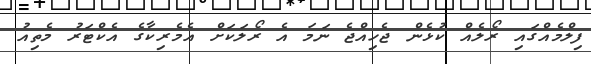
ފިލްމެއްގައި ރޯލެއް ކުޅެން ޖެހިއްޖެ ނަމަ އެ ރޯލަކަށް އެމެރިކާގެ އެކްޓަރު މެތިއު